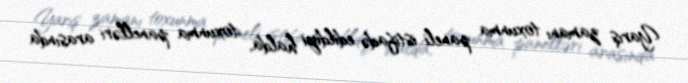
Yarış zamanı toxunma paneli istifadə edildiyi halda, toxunma panelləri arasında